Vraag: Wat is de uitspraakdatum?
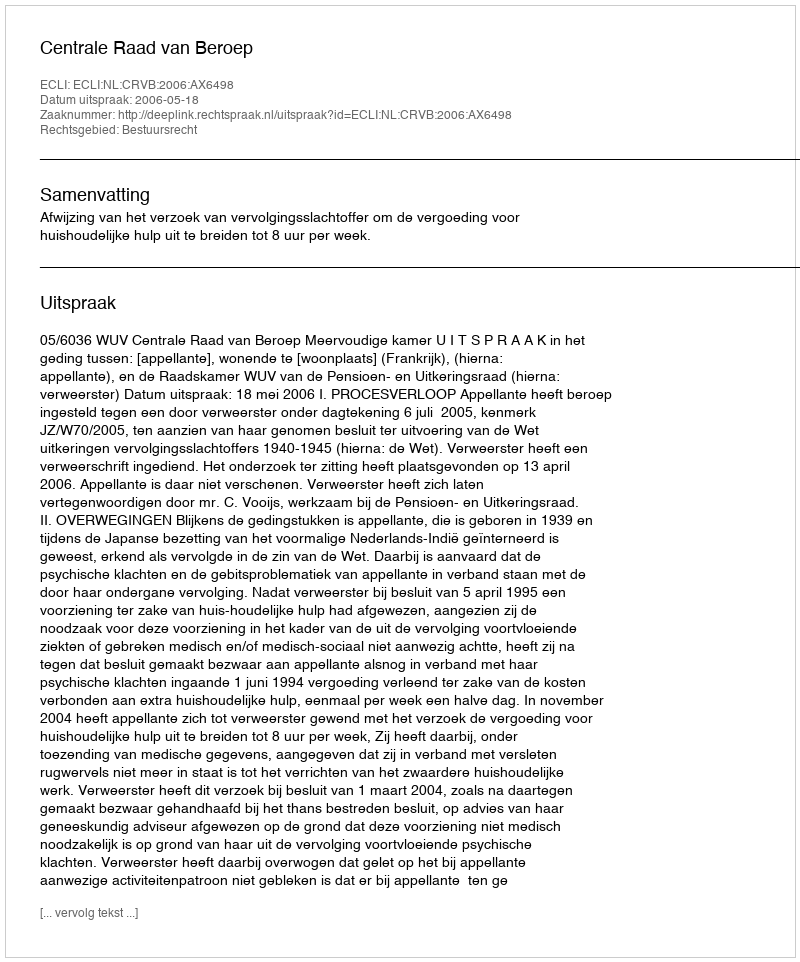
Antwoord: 2006-05-18